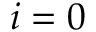
i = 0